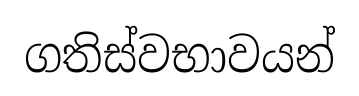
ගතිස්වභාවයන්